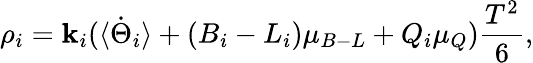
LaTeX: \rho_{i}=\mathbf{k}_{i}(\langle\dot{{\Theta}}_{i}\rangle+(B_{i}-L_{i})\mu_{B-L}+Q_{i}\mu_{Q})\frac{{T^{2}}}{{6}},